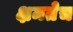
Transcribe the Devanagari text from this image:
क्षमतेच